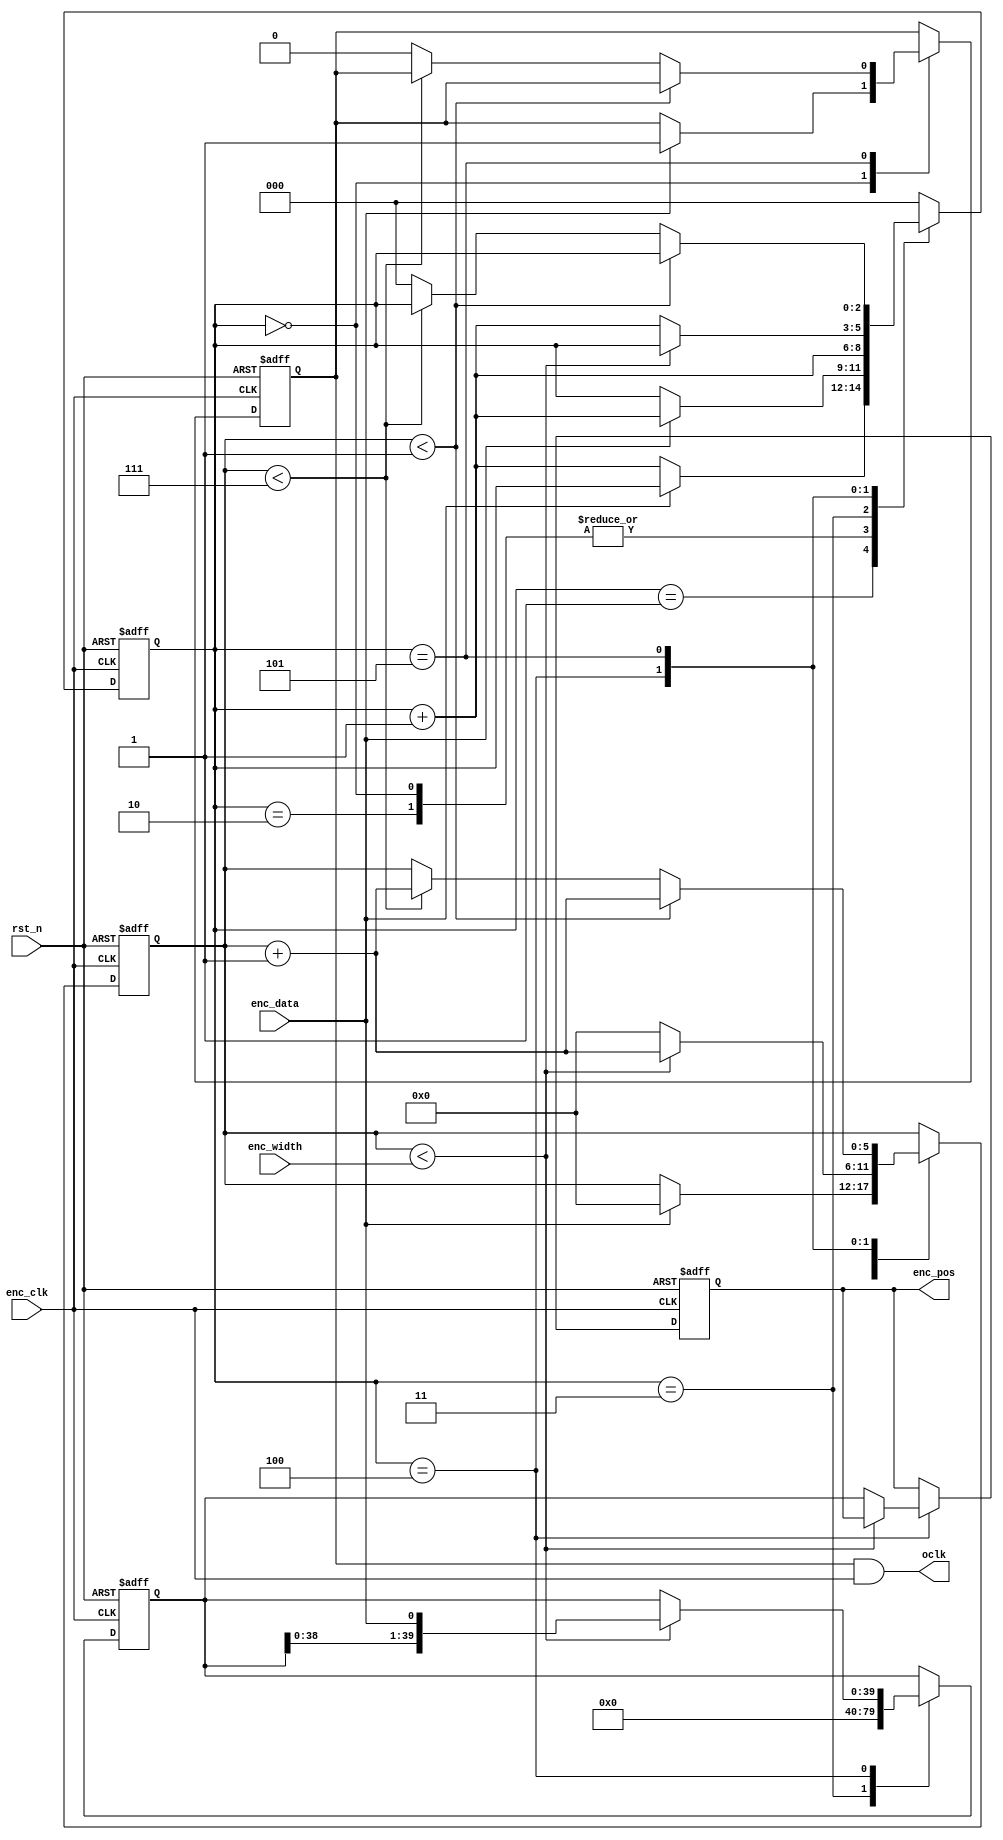
module bissc (
	input rst_n,
	input enc_clk,
	output oclk,
	input enc_data,
	input [9:0] enc_width,
	output [39:0] enc_pos
);

reg [2:0] state; 
reg [5:0] datacnt;
reg [39:0] mt_data;
reg [39:0] pos;
reg [5:0] crc_data;
reg cken;

always @(posedge enc_clk, negedge rst_n) begin
	if(!rst_n) begin
		state <= 3'd0;
		cken <= 1'b0;
		datacnt <= 6'd0;
		mt_data <= 40'd0;
		crc_data <= 6'd0;
		pos <= 32'd0;
	end
	else begin
		case(state)
			3'd0: begin //tout
				if(enc_data) begin
					cken <= 1'b1;
					state <= state + 1'b1;
					datacnt <= 6'd0;
				end
			end
			3'd1: begin //ACK
				if(!enc_data) state <= state + 1'b1; 
			end
			3'd2: begin //start
				if(enc_data) state <= state + 1'b1;
			end
			3'd3: begin
				state <= state + 1'b1;
				mt_data <= 0;
			end
			3'd4: begin //data receive
				if(datacnt < enc_width) begin
					mt_data <= {mt_data[38:0], enc_data};
					datacnt <= datacnt + 1'b1;
				end
				else begin
					state <= state + 1'b1;
					datacnt <= 6'd0;
					pos <= mt_data;
				end
			end
			3'd5: begin // err, warn, crc data
				if(datacnt < 6'd1) begin
					datacnt <= datacnt + 1'b1;
				end
				else if(datacnt < 6'd7) begin
					datacnt <= datacnt + 1'b1;
					crc_data <= {crc_data[4:0], enc_data};
				end
				else begin
					state <= 0;
					cken <= 1'b0;
				end
			end
			default: begin
				state <= 0;
			end
		endcase
	end
end

assign enc_pos = pos;
assign oclk = cken & enc_clk;

endmodule